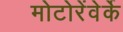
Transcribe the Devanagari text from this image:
मोटोरेंवेर्के